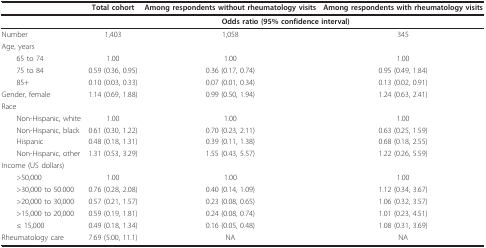
<table><thead><tr><td></td><td><b>Total cohort</b></td><td><b>Among respondents without rheumatology visits</b></td><td><b>Among respondents with rheumatology visits</b></td></tr></thead><tbody><tr><td></td><td colspan="3"><b>Odds ratio (95% confidence interval)</b></td></tr><tr><td>Number</td><td>1,403</td><td>1,058</td><td>345</td></tr><tr><td>Age, years</td><td></td><td></td><td></td></tr><tr><td> 65 to 74</td><td>1.00</td><td>1.00</td><td>1.00</td></tr><tr><td> 75 to 84</td><td>0.59 (0.36, 0.95)</td><td>0.36 (0.17, 0.74)</td><td>0.95 (0.49, 1.84)</td></tr><tr><td> 85+</td><td>0.10 (0.03, 0.33)</td><td>0.07 (0.01, 0.34)</td><td>0.13 (0.02, 0.91)</td></tr><tr><td>Gender, female</td><td>1.14 (0.69, 1.88)</td><td>0.99 (0.50, 1.94)</td><td>1.24 (0.63, 2.41)</td></tr><tr><td>Race</td><td></td><td></td><td></td></tr><tr><td> Non-Hispanic, white</td><td>1.00</td><td>1.00</td><td>1.00</td></tr><tr><td> Non-Hispanic, black</td><td>0.61 (0.30, 1.22)</td><td>0.70 (0.23, 2.11)</td><td>0.63 (0.25, 1.59)</td></tr><tr><td> Hispanic</td><td>0.48 (0.18, 1.31)</td><td>0.39 (0.11, 1.38)</td><td>0.68 (0.18, 2.55)</td></tr><tr><td> Non-Hispanic, other</td><td>1.31 (0.53, 3.29)</td><td>1.55 (0.43, 5.57)</td><td>1.22 (0.26, 5.59)</td></tr><tr><td>Income (US dollars)</td><td></td><td></td><td></td></tr><tr><td> &gt;50,000</td><td>1.00</td><td>1.00</td><td>1.00</td></tr><tr><td> &gt;30,000 to 50.000</td><td>0.76 (0.28, 2.08)</td><td>0.40 (0.14, 1.09)</td><td>1.12 (0.34, 3.67)</td></tr><tr><td> &gt;20,000 to 30,000</td><td>0.57 (0.21, 1.57)</td><td>0.23 (0.08, 0.65)</td><td>1.06 (0.32, 3.57)</td></tr><tr><td> &gt;15,000 to 20,000</td><td>0.59 (0.19, 1.81)</td><td>0.24 (0.08, 0.74)</td><td>1.01 (0.23, 4.51)</td></tr><tr><td> ≤ 15,000</td><td>0.49 (0.18, 1.34)</td><td>0.16 (0.05, 0.48)</td><td>1.08 (0.31, 3.69)</td></tr><tr><td>Rheumatology care</td><td>7.69 (5.00, 11.1)</td><td>NA</td><td>NA</td></tr></tbody></table>